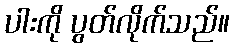
ပါးကို ပွတ်လိုက်သည်။